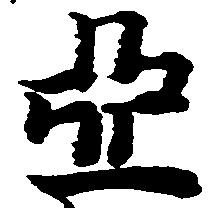
亞